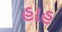
હાહ